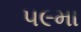
૫૯મા